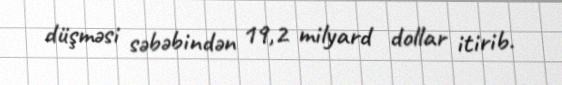
düşməsi səbəbindən 19,2 milyard dollar itirib.